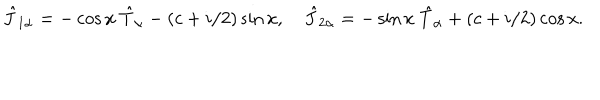
\hat { J } _ { 1 \alpha } = - \cos x ~ \hat { T } _ { \alpha } - ( c + i / 2 ) \sin x , ~ \hat { J } _ { 2 \alpha } = - \sin x ~ \hat { T } _ { \alpha } + ( c + i / 2 ) \cos x .